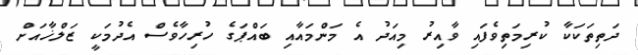
ދަތިތަކަކާ ކުރިމަތިވެފައި ވާއިރު މިއަދު އެ މަންމައާއި ބައްޕަގެ ހުރިހާވެސް އެދުމަކީ ޒަލްޚާއަށް